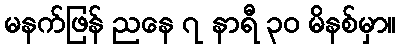
မနက်ဖြန် ညနေ ၇ နာရီ ၃၀ မိနစ်မှာ။